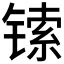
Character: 𫔅